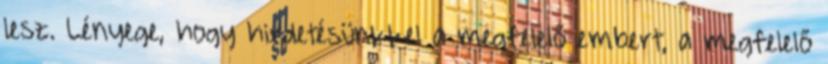
lesz. Lényege, hogy hirdetésünkkel a megfelelő embert, a megfelelő